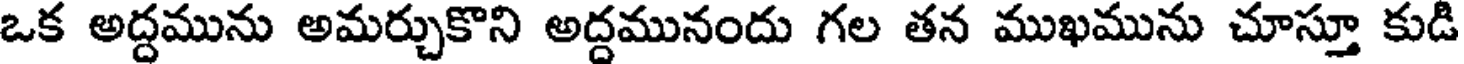
ఒక అద్దమును అమర్చుకొని అద్దమునందు గల తన ముఖమును చూస్తూ కుడి